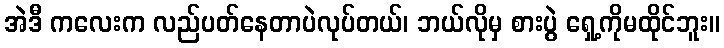
အဲဒီ ကလေးက လည်ပတ်နေတာပဲလုပ်တယ်၊ ဘယ်လိုမှ စားပွဲ ရှေ့ကိုမထိုင်ဘူး။